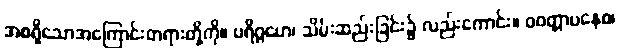
အစရှိသောအကြောင်းတရားတို့ကို။ ပရိဂ္ဂဟေ၊ သိမ်းဆည်းခြင်း၌ လည်းကောင်း။ ဝဝတ္တာပနေစ၊